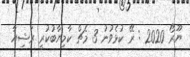
ޔޫރޯ 2020 : ރޭ ކުޅެވުނު 3 މެޗް ކާމިޔާބުކުރީ ރަޝިޔާ